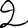
Digit: 2